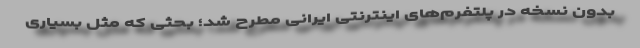
بدون نسخه در پلتفرم‌های اینترنتی ایرانی مطرح شد؛ بحثی که مثل بسیاری